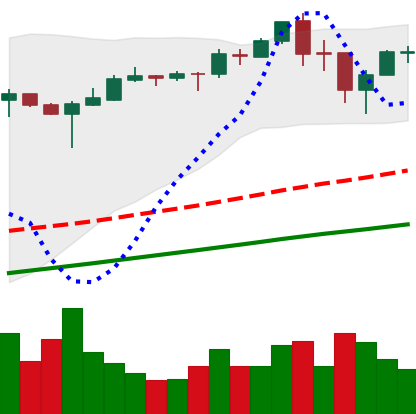
Ticker: BTC-USD
Chart end date: 2017-09-07
Forward return: -10.197%
Label: down_7plus